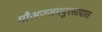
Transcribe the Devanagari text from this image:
मौअज्जमपुरसादात